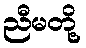
ညီမတို့